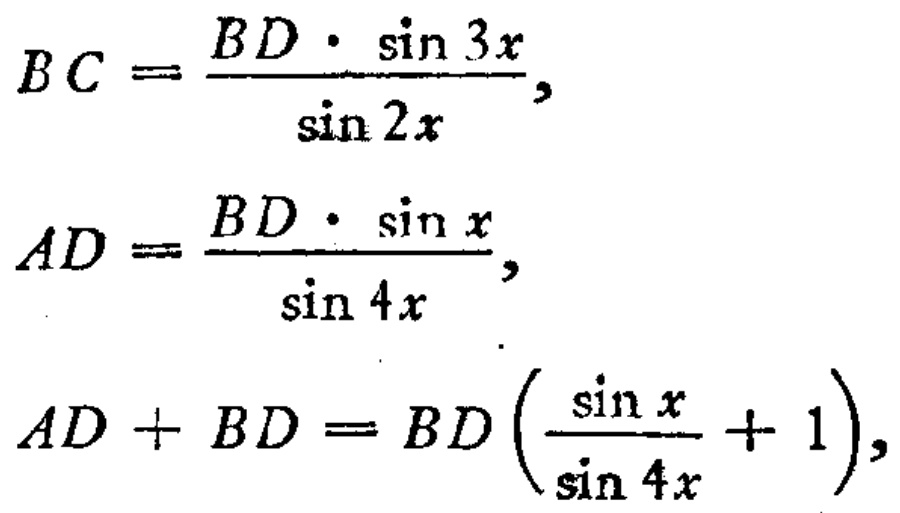
\[
\begin{align*}
BC&=\frac{BD\cdot\sin 3x}{\sin 2x},\\
AD&=\frac{BD\cdot\sin x}{\sin 4x},\\
AD + BD&=BD\left(\frac{\sin x}{\sin 4x}+1\right),
\end{align*}
\]